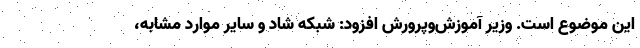
این موضوع است. وزیر آموزش‌وپرورش افزود: شبکه شاد و سایر موارد مشابه،